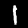
Digit: 1